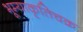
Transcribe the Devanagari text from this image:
भूम्याकृतिचक्र